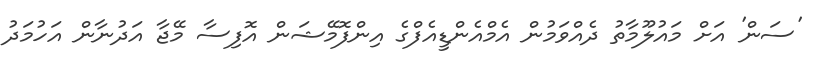
'ސަން' އަށް މައުލޫމާތު ދެއްވަމުން އެމްއެންޑީއެފްގެ އިންފޮމޭޝަން އޮފިސާ މޭޖާ އަދުނާން އަހުމަދު